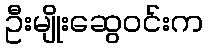
ဦးမျိုးဆွေဝင်းက